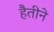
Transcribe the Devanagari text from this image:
हैतीने